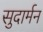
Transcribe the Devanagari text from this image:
सुदार्मन